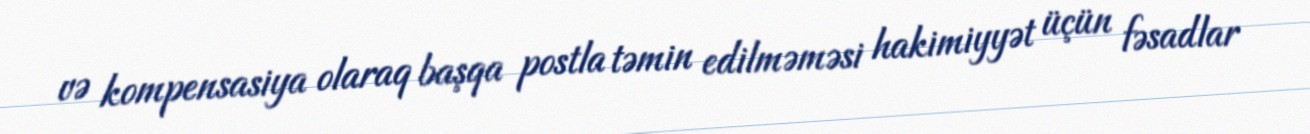
və kompensasiya olaraq başqa postla təmin edilməməsi hakimiyyət üçün fəsadlar